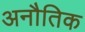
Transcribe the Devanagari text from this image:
अनौतिक